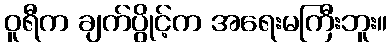
ဝူရီက ချက်ပွိုင့်က အရေးမကြီးဘူး။